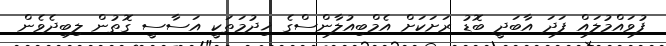
ފުވައްމުލައް ފަދަ އާބަދީ ބޮޑު ރަށަކަށް އެމްބިއުލާންސްގެ ޚިދުމަތަކީ އަސާސީ ގޮތުން ލިބިދެވެން